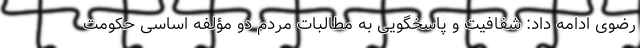
رضوی ادامه داد: شفافیت و پاسخگویی به مطالبات مردم دو مؤلفه اساسی حکومت